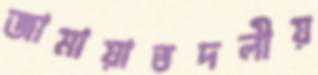
জামায়াতদলীয়